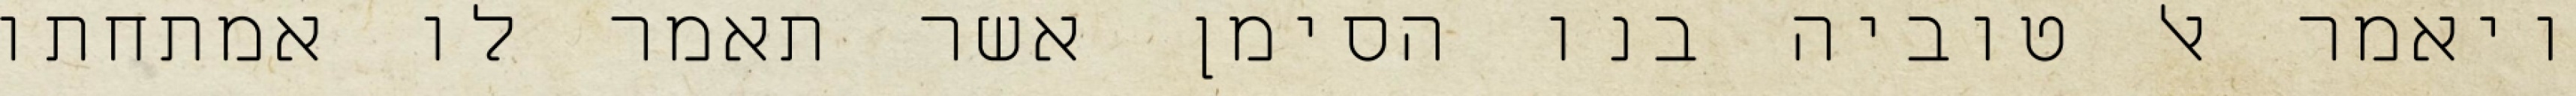
ויאמר אל טוביה בנו הסימן אשר תאמר לו אמתחתו